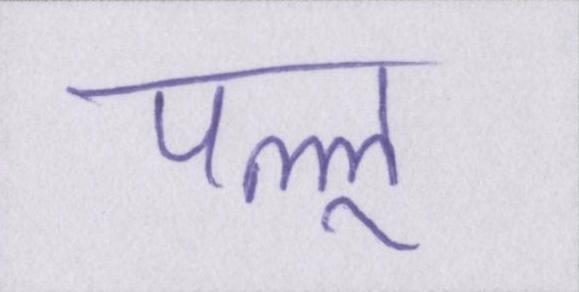
पल्लू